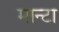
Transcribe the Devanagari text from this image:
मान्टा